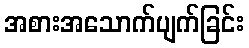
အစားအသောက်ပျက်ခြင်း